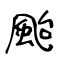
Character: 颱